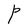
Character: P